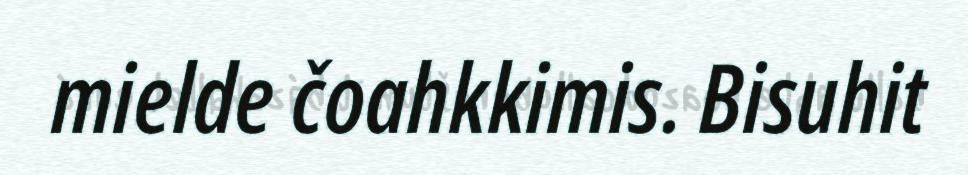
mielde čoahkkimis. Bisuhit